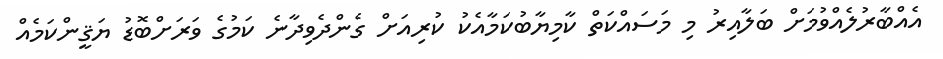
އެއްބާރުލެއްވުމަށް ބަލާއިރު މި މަސައްކަތް ކާމިޔާބުކަމާއެކު ކުރިއަށް ގެންދެވިދާނެ ކަމުގެ ވަރަށްބޮޑު ޔަޤީންކަމެއް